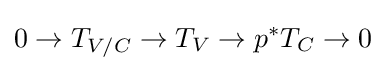
0\to T_{V/C}\to T_{V}\to p^{*}T_{C}\to 0